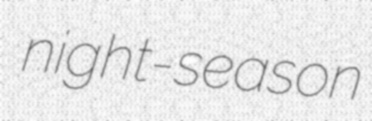
night-season